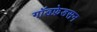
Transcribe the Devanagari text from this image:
गॉडफ्रेडसन